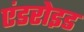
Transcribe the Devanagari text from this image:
एंडरोइड